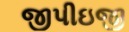
જીપીઇજી